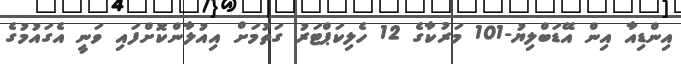
އިންޑިއާ އިން އޭޑަބްލިޔު-101 މަރުކާގެ 12 ހެލިކަޕްޓަރު ގަތުމަށް އިއުލާންކޮށްފައި ވަނީ އެގައުމުގެ